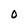
Character: O